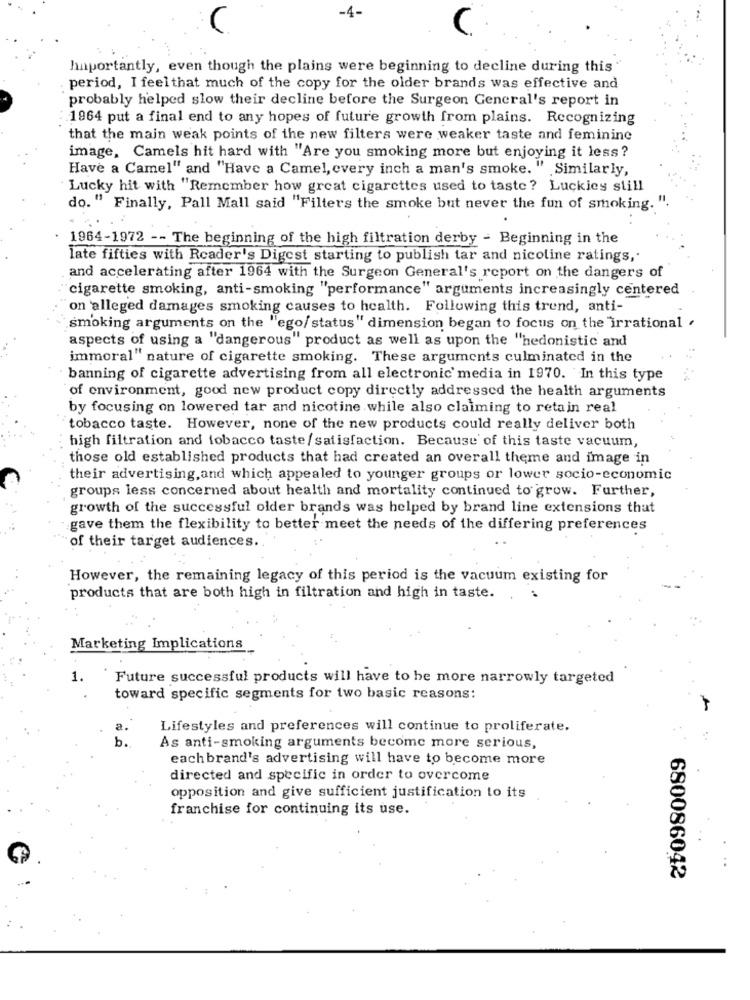
-4-
C
hnportantly, even though the plains were beginning to decline during this
period, I feel that much of the copy for the older brands was effective and
probably helped slow their decline before the Surgeon General's report in
1964 put a final end to any hopes of future growth from plains. Recognizing
that the main weak points of the new filters were weaker taste and feminine
image, Camels hit hard with "Are you smoking more but enjoying it less?
Have a Camel" and "Have a Camel, every inch a man's smoke. " Similarly,
Lucky hit with "Remember how great cigarettes used to taste ? Luckies still
do. " Finally, Pall Mall said "Filters the smoke but never the fun of smoking. ".
1964-1972 -- The beginning of the high filtration derby - Beginning in the
late fifties with Reader's Digest starting to publish tar and nicoline ratings ,.
and accelerating after 1964 with the Surgeon General's report on the dangers of
cigarette smoking, anti-smoking "performance" arguments increasingly centered
on alleged damages smoking causes to health. Following this trend, anti-
smoking arguments on the "ego/ status" dimension began to focus on the irrational .
aspects of using a "dangerous" product as well as upon the "hedonistic and
immoral" nature of cigarette smoking. These arguments culminated in the
banning of cigarette advertising from all electronic media in 1970. In this type
of environment, good new product copy directly addressed the health arguments
by focusing on lowered tar and nicotine while also claiming to retain real
tobacco taste. However, none of the new products could really deliver both
high filtration and tobacco taste/ satisfaction. Because of this taste vacuum,
those old established products that had created an overall theme and image in
their advertising, and which appealed to younger groups or lower socio-economic
groups less concerned about health and mortality continued to grow. Further,
growth of the successful older brands was helped by brand line extensions that
gave them the flexibility to better meet the needs of the differing preferences
of their target audiences.
However, the remaining legacy of this period is the vacuum existing for
products that are both high in filtration and high in taste.
Marketing Implications
1.
Future successful products will have to be more narrowly targeted
toward specific segments for two basic reasons:
Lifestyles and preferences will continue to proliferate.
As anti-smoking arguments become more serious,
each brand's advertising will have to become more
directed and specific in order to overcome
opposition and give sufficient justification to its
franchise for continuing its use.
..
680086042